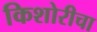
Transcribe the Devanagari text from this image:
किशोरीचा